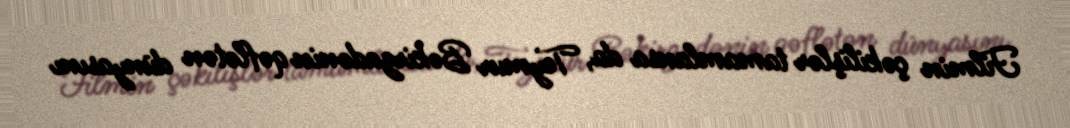
Filmin çəkilişlər tamamlansa da, Teymur Bəkirzadənin qəflətən dünyasını